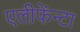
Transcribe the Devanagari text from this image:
एलीफेंन्टा